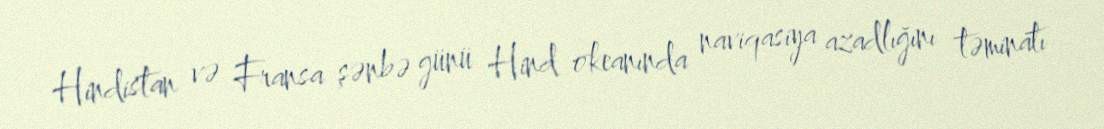
Hindistan və Fransa şənbə günü Hind okeanında naviqasiya azadlığını təminatı